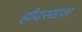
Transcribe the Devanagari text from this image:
हौदसदृश